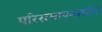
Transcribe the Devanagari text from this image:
परिसमापनाधीन